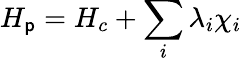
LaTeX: H_{\mathsf{p}}=H_{c}+\sum_{i}\lambda_{i}\chi_{i}